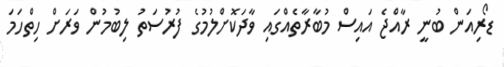
ޑޯރިއަން ބުނީ ރާއްޖެ އައިސް މުބާރާތެއްގައި ވާދަކޮށްލުމުގެ ފުރުސަތު ލިބުމުން ވަރަށް ހިތްހަމަ